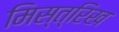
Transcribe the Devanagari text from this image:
मिस्त्रिख